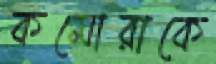
কমোরাকে